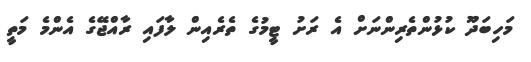
މަހިބަދޫ ކުޅުންތެރިންނަށް އެ ރަށު ޓީމުގެ ތެރެއިން ލާފައި ރާއްޖޭގެ އެންމެ މަތީ